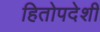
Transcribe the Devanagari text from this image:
हितोपदेशी